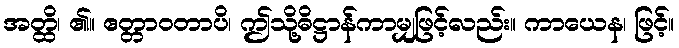
အတ္ထိ၊ ၏။ ဧတ္တာဝတာပိ၊ ဤသို့ဓိဋ္ဌာန်ကာမျှဖြင့်လည်း။ ကာယေန၊ ဖြင့်။